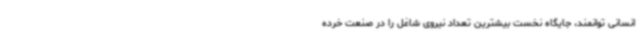
انسانی توانمند، جایگاه نخست بیشترین تعداد نیروی شاغل را در صنعت خرده